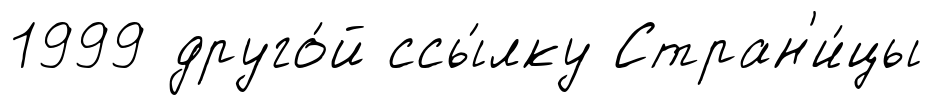
1999 друго́й ссы́лку Стран'и́цы